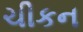
ચીકન